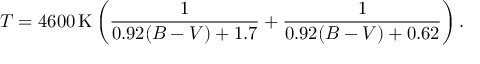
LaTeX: T = 4 6 0 0 \, \mathrm { K } \left( { \frac { 1 } { 0 . 9 2 ( B - V ) + 1 . 7 } } + { \frac { 1 } { 0 . 9 2 ( B - V ) + 0 . 6 2 } } \right) .